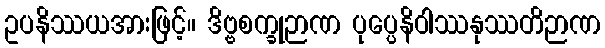
ဥပနိဿယအားဖြင့်။ ဒိဗ္ဗစက္ခုဉာဏ ပုပ္ပေနိဝါဿနုဿတိဉာဏ